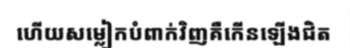
ហើយសម្លៀកបំពាក់វិញគឺកើនឡើងជិត